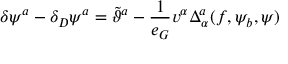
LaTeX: \delta \psi ^ { a } - \delta _ { D } \psi ^ { a } = \tilde { \vartheta } ^ { a } - \frac { 1 } { e _ { G } } v ^ { \alpha } \Delta _ { \alpha } ^ { a } ( f , \psi _ { b } , \psi )